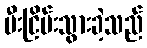
မီးငြိမ်းသွားခဲ့သည်